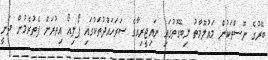
ބޭރުގެ ނޫސްތަކުން މައުލޫމާތު ލިބޭގޮތުގައި ނައިޖީރިއާގެ ސަރަހައްދުތަކުގައި ޕޯލިއޯ އިތުރަށް ފެތުރެމުން ދަނީ